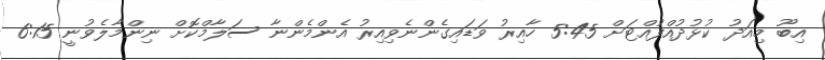
އިބޫ މިއަދު ކުޅުދުއްފުއްޓަށް 5:45 ހާއިރު ވަޑައިގެންނެވިއިރު އެންމެންނާ ސަލާމްކޮށް ނިންމާލެވުނީ 6:15